65_HS1-834228961_62-HQ-83894_Serial_130
Agency: FBI
Page 28
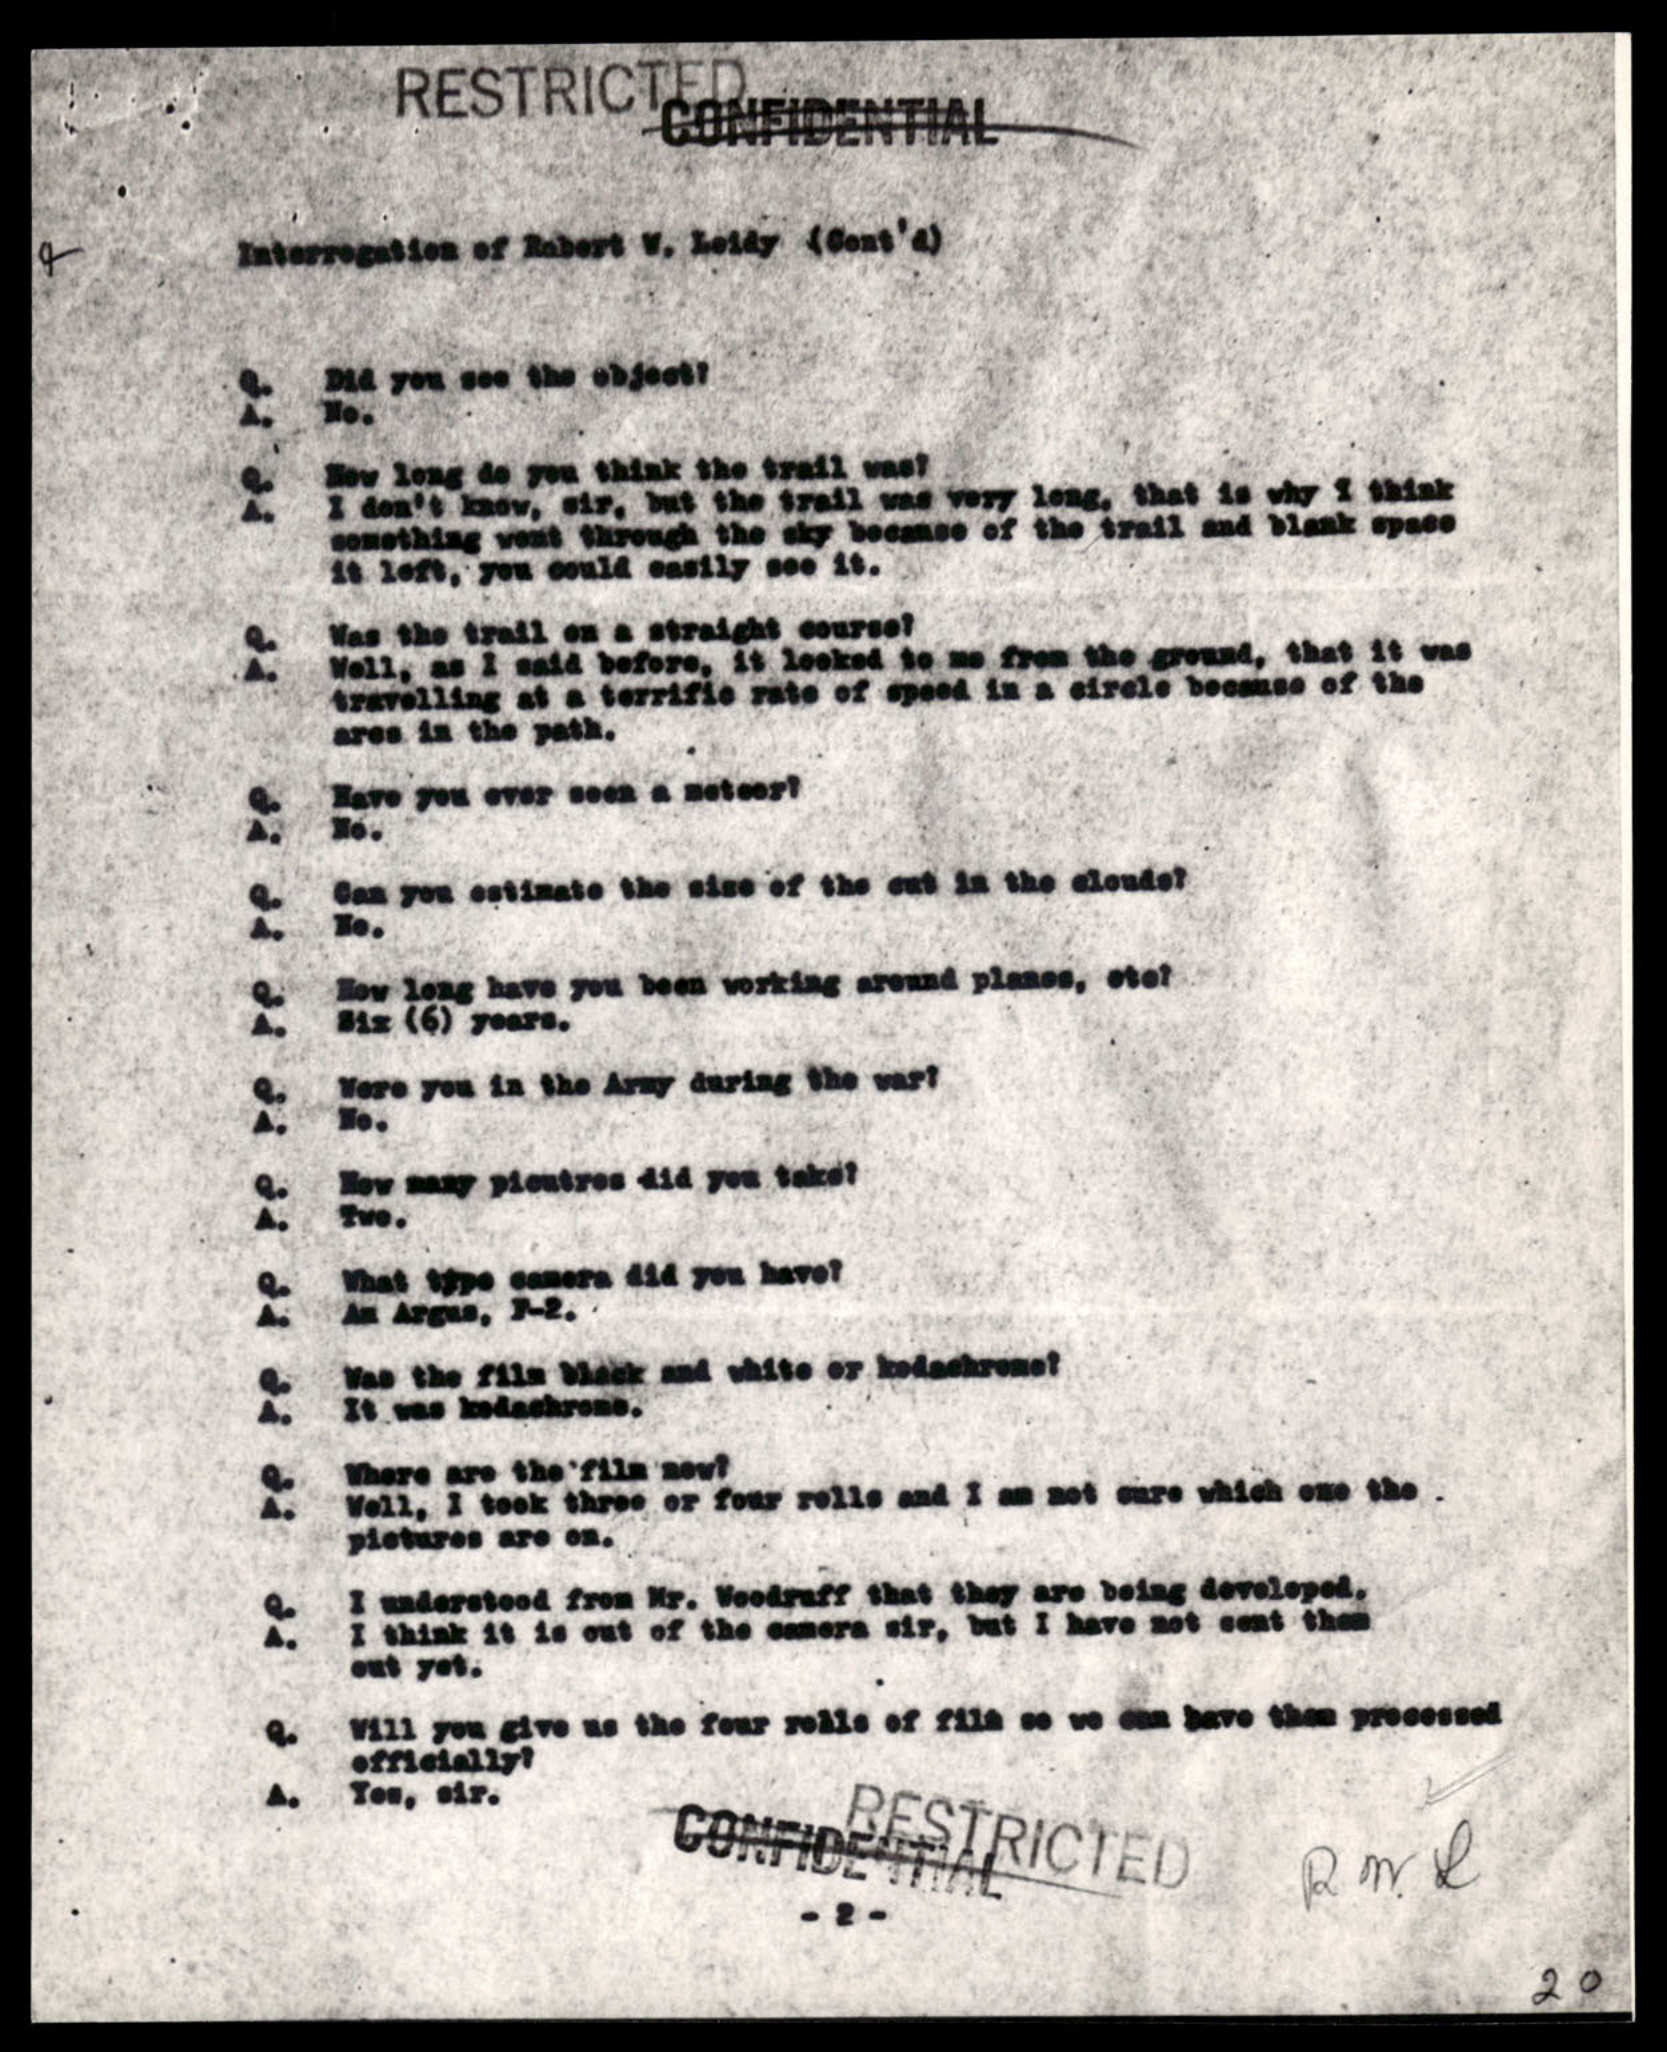